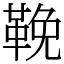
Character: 鞔